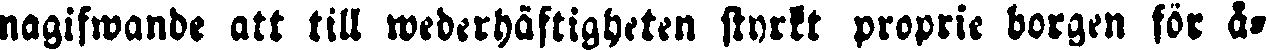
nagifwande att till wederhäftigheten styrkt proprie borgen för å-